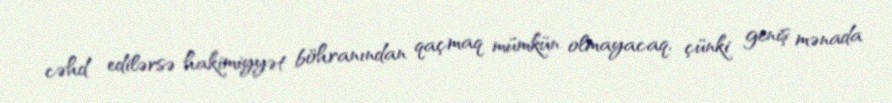
cəhd edilərsə hakimiyyət böhranından qaçmaq mümkün olmayacaq, çünki geniş mənada